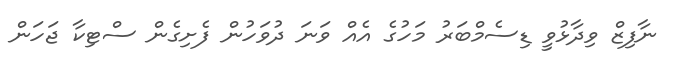
ނާފިޒް ވިދާޅުވީ ޑިސެމްބަރު މަހުގެ އެއް ވަނަ ދުވަހުން ފެށިގެން ސްޓިކާ ޖަހަން